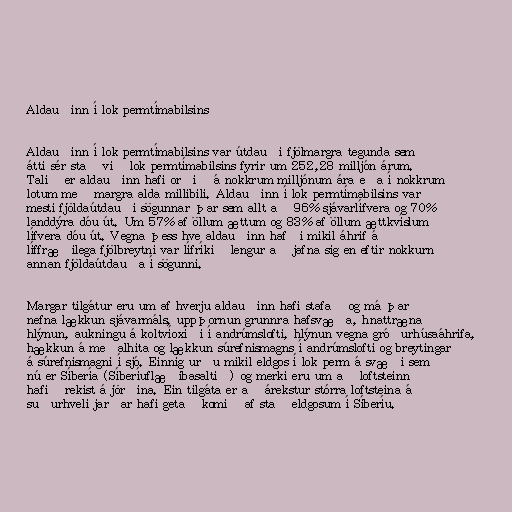
Aldauðinn í lok permtímabilsins

Aldauðinn í lok permtímabilsins var útdauði fjölmargra tegunda sem
átti sér stað við lok permtímabilsins fyrir um 252,28 milljón árum.
Talið er aldauðinn hafi orðið á nokkrum milljónum ára eða í nokkrum
lotum með margra alda millibili. Aldauðinn í lok permtímabilsins var
mesti fjöldaútdauði sögunnar þar sem allt að 96% sjávarlífvera og 70%
landdýra dóu út. Um 57% af öllum ættum og 83% af öllum ættkvíslum
lífvera dóu út. Vegna þess hve aldauðinn hafði mikil áhrif á
líffræðilega fjölbreytni var lífríkið lengur að jafna sig en eftir nokkurn
annan fjöldaútdauða í sögunni.

Margar tilgátur eru um af hverju aldauðinn hafi stafað og má þar
nefna lækkun sjávarmáls, uppþornun grunnra hafsvæða, hnattræna
hlýnun, aukningu á koltvíoxíði í andrúmslofti, hlýnun vegna gróðurhúsaáhrifa,
hækkun á meðalhita og lækkun súrefnismagns í andrúmslofti og breytingar
á súrefnismagni í sjó. Einnig urðu mikil eldgos í lok perm á svæði sem
nú er Síbería (Síberíuflæðibasaltið) og merki eru um að loftsteinn
hafið rekist á jörðina. Ein tilgáta er að árekstur stórra loftsteina á
suðurhveli jarðar hafi getað komið af stað eldgosum í Síberíu.